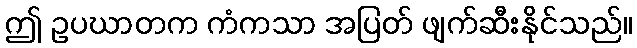
ဤ ဥပဃာတက ကံကသာ အပြတ် ဖျက်ဆီးနိုင်သည်။